Civil Veterinary Department Bihar & Orissa reports 1929-36 - 1929-1936
Year: 1929
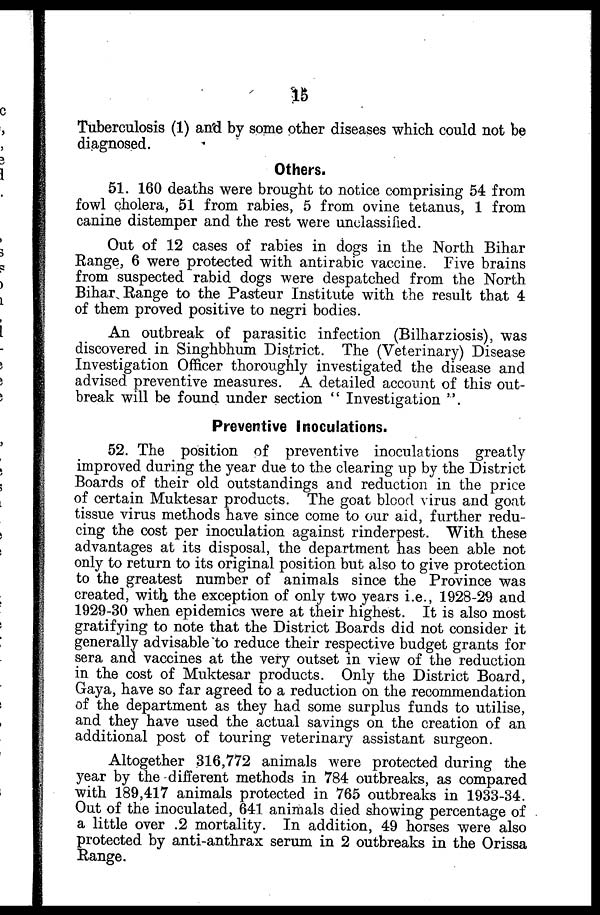
15
Tuberculosis (1) and by some other diseases which could not be
diagnosed.
Others.
51. 160 deaths were brought to notice comprising 54 from
fowl cholera, 51 from rabies, 5 from ovine tetanus, 1 from
canine distemper and the rest were unclassified.
Out of 12 cases of rabies in dogs in the North Bihar
Range, 6 were protected with antirabic vaccine. Five brains
from suspected rabid dogs were despatched from the North
Bihar Range to the Pasteur Institute with the result that 4
of them proved positive to negri bodies.
An outbreak of parasitic infection (Bilharziosis), was
discovered in Singhbhum District. The (Veterinary) Disease
Investigation Officer thoroughly investigated the disease and
advised preventive measures. A detailed account of this out-
break will be found under section " Investigation ".
Preventive Inoculations.
52. The position of preventive inoculations greatly
improved during the year due to the clearing up by the District
Boards of their old outstandings and reduction in the price
of certain Muktesar products. The goat blood virus and goat
tissue virus methods have since come to our aid, further redu-
cing the cost per inoculation against rinderpest. With these
advantages at its disposal, the department has been able not
only to return to its original position but also to give protection
to the greatest number of animals since the Province was
created, with the exception of only two years i.e., 1928-29 and
1929-30 when epidemics were at their highest. It is also most
gratifying to note that the District Boards did not consider it
generally advisable to reduce their respective budget grants for
sera and vaccines at the very outset in view of the reduction
in the cost of Muktesar products. Only the District Board,
Gaya, have so far agreed to a reduction on the recommendation
of the department as they had some surplus funds to utilise,
and they have used the actual savings on the creation of an
additional post of touring veterinary assistant surgeon.
Altogether 316,772 animals were protected during the
year by the different methods in 784 outbreaks, as compared
with 189,417 animals protected in 765 outbreaks in 1933-34.
Out of the inoculated, 641 animals died showing percentage of
a little over .2 mortality. In addition, 49 horses were also
protected by anti-anthrax serum in 2 outbreaks in the Orissa
Range.